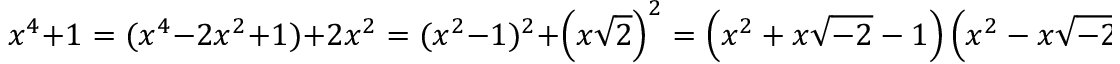
x ^ { 4 } + 1 = ( x ^ { 4 } - 2 x ^ { 2 } + 1 ) + 2 x ^ { 2 } = ( x ^ { 2 } - 1 ) ^ { 2 } + \left( x { \sqrt { 2 } } \right) ^ { 2 } = \left( x ^ { 2 } + x { \sqrt { - 2 } } - 1 \right) \left( x ^ { 2 } - x { \sqrt { - 2 } } - 1 \right) .